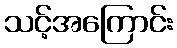
သင့်အကြောင်း